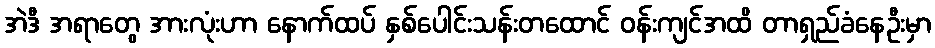
အဲဒီ အရာတွေ အားလုံးဟာ နောက်ထပ် နှစ်ပေါင်းသန်းတထောင် ဝန်းကျင်အထိ တာရှည်ခံနေဦးမှာ